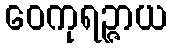
ဝေကုရဉ္ဇာယ